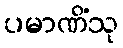
ပမာဏိံသု